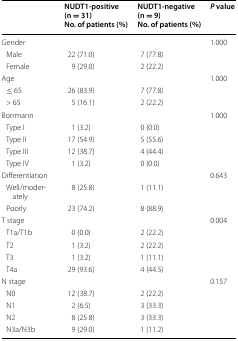
<table><thead><tr><td></td><td><b>NUDT1-positive (n = 31)No. of patients (%)</b></td><td><b>NUDT1-negative (n = 9)No. of patients (%)</b></td><td><b><i>P</i> value</b></td></tr></thead><tbody><tr><td>Gender</td><td></td><td></td><td>1.000</td></tr><tr><td> Male</td><td>22 (71.0)</td><td>7 (77.8)</td><td></td></tr><tr><td> Female</td><td>9 (29.0)</td><td>2 (22.2)</td><td></td></tr><tr><td>Age</td><td></td><td></td><td>1.000</td></tr><tr><td> ≤ 65</td><td>26 (83.9)</td><td>7 (77.8)</td><td></td></tr><tr><td> &gt; 65</td><td>5 (16.1)</td><td>2 (22.2)</td><td></td></tr><tr><td>Borrmann</td><td></td><td></td><td>1.000</td></tr><tr><td> Type I</td><td>1 (3.2)</td><td>0 (0.0)</td><td></td></tr><tr><td> Type II</td><td>17 (54.9)</td><td>5 (55.6)</td><td></td></tr><tr><td> Type III</td><td>12 (38.7)</td><td>4 (44.4)</td><td></td></tr><tr><td> Type IV</td><td>1 (3.2)</td><td>0 (0.0)</td><td></td></tr><tr><td>Differentiation</td><td></td><td></td><td>0.643</td></tr><tr><td> Well/moderately</td><td>8 (25.8)</td><td>1 (11.1)</td><td></td></tr><tr><td> Poorly</td><td>23 (74.2)</td><td>8 (88.9)</td><td></td></tr><tr><td>T stage</td><td></td><td></td><td>0.004</td></tr><tr><td> T1a/T1b</td><td>0 (0.0)</td><td>2 (22.2)</td><td></td></tr><tr><td> T2</td><td>1 (3.2)</td><td>2 (22.2)</td><td></td></tr><tr><td> T3</td><td>1 (3.2)</td><td>1 (11.1)</td><td></td></tr><tr><td> T4a</td><td>29 (93.6)</td><td>4 (44.5)</td><td></td></tr><tr><td>N stage</td><td></td><td></td><td>0.157</td></tr><tr><td> N0</td><td>12 (38.7)</td><td>2 (22.2)</td><td></td></tr><tr><td> N1</td><td>2 (6.5)</td><td>3 (33.3)</td><td></td></tr><tr><td> N2</td><td>8 (25.8)</td><td>3 (33.3)</td><td></td></tr><tr><td> N3a/N3b</td><td>9 (29.0)</td><td>1 (11.2)</td><td></td></tr></tbody></table>